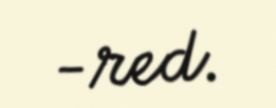
-red.